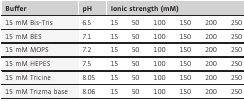
<table><thead><tr><td><b>Buffer</b></td><td><b>pH</b></td><td colspan="6"><b>Ionic strength (mM)</b></td></tr></thead><tbody><tr><td>15 mM Bis‐Tris</td><td>6.5</td><td>15</td><td>50</td><td>100</td><td>150</td><td>200</td><td>250</td></tr><tr><td>15 mM BES</td><td>7.1</td><td>15</td><td>50</td><td>100</td><td>150</td><td>200</td><td>250</td></tr><tr><td>15 mM MOPS</td><td>7.2</td><td>15</td><td>50</td><td>100</td><td>150</td><td>200</td><td>250</td></tr><tr><td>15 mM HEPES</td><td>7.5</td><td>15</td><td>50</td><td>100</td><td>150</td><td>200</td><td>250</td></tr><tr><td>15 mM Tricine</td><td>8.05</td><td>15</td><td>50</td><td>100</td><td>150</td><td>200</td><td>250</td></tr><tr><td>15 mM Trizma base</td><td>8.06</td><td>15</td><td>50</td><td>100</td><td>150</td><td>200</td><td>250</td></tr></tbody></table>